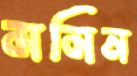
মমিন